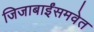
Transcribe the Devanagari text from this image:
जिजाबाईंसमवेत